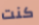
كنت